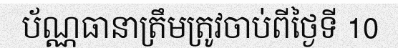
ប័ណ្ណធានាត្រឹមត្រូវចាប់ពីថ្ងៃទី 10